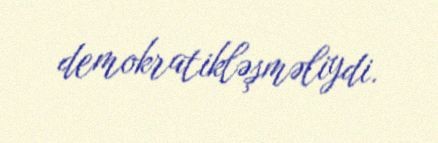
demokratikləşməliydi.